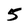
Character: 5